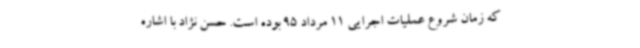
که زمان شروع عملیات اجرایی 11 مرداد 95 بوده است. حسن نژاد با اشاره